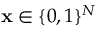
\mathbf { x } \in \{ 0 , 1 \} ^ { N }